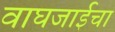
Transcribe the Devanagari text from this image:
वाघजाईचा